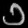
Digit: ၁